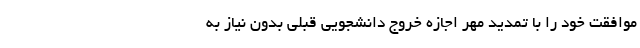
موافقت خود را با تمدید مهر اجازه خروج دانشجویی قبلی بدون نیاز به